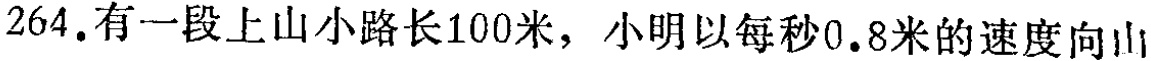
264. 有一段上山小路长100米，小明以每秒0.8米的速度向山